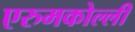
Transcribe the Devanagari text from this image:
एरुमकोल्ली